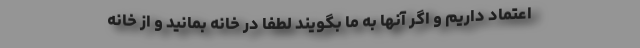
اعتماد داریم و اگر آنها به ما بگویند لطفا در خانه بمانید و از خانه